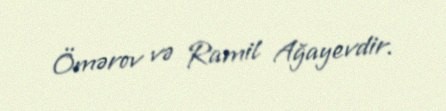
Ömərov və Ramil Ağayevdir.